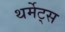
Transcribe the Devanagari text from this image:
थर्मेट्स